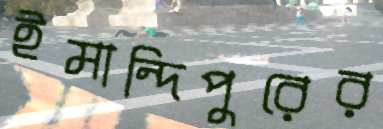
ইমান্দিপুরের